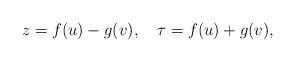
LaTeX: \begin{align*}z=f(u)-g(v), \quad \tau=f(u)+g(v),\end{align*}